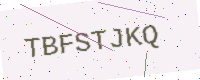
Text: TBFSTJKQ